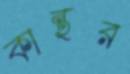
কান্থর